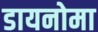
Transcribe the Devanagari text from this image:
डायनोमा